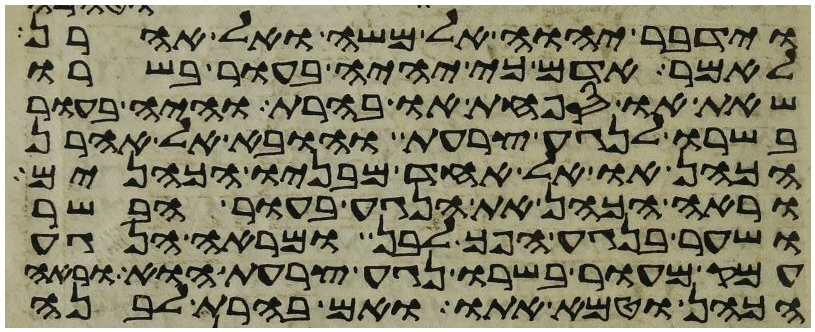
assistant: וידבר יהוה אל משה ואל אהרן
לאמר אדם כי יהיה בעור בשרו
שאת או ספחת או בהרת והיה בעור
בשרו לנגע צרעת והובא אל אהרן
הכהן או אל אחד מבניו הכהנים
וראה הכהן את הנגע בעור הבשר
ושער בנגע הפך לבן ומראה הנגע
עמק מעור בשרו נגע צרעת הוא וראה
הכהן וטמא אתו ואם בהרת לבנה